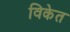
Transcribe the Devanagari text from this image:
विकेत